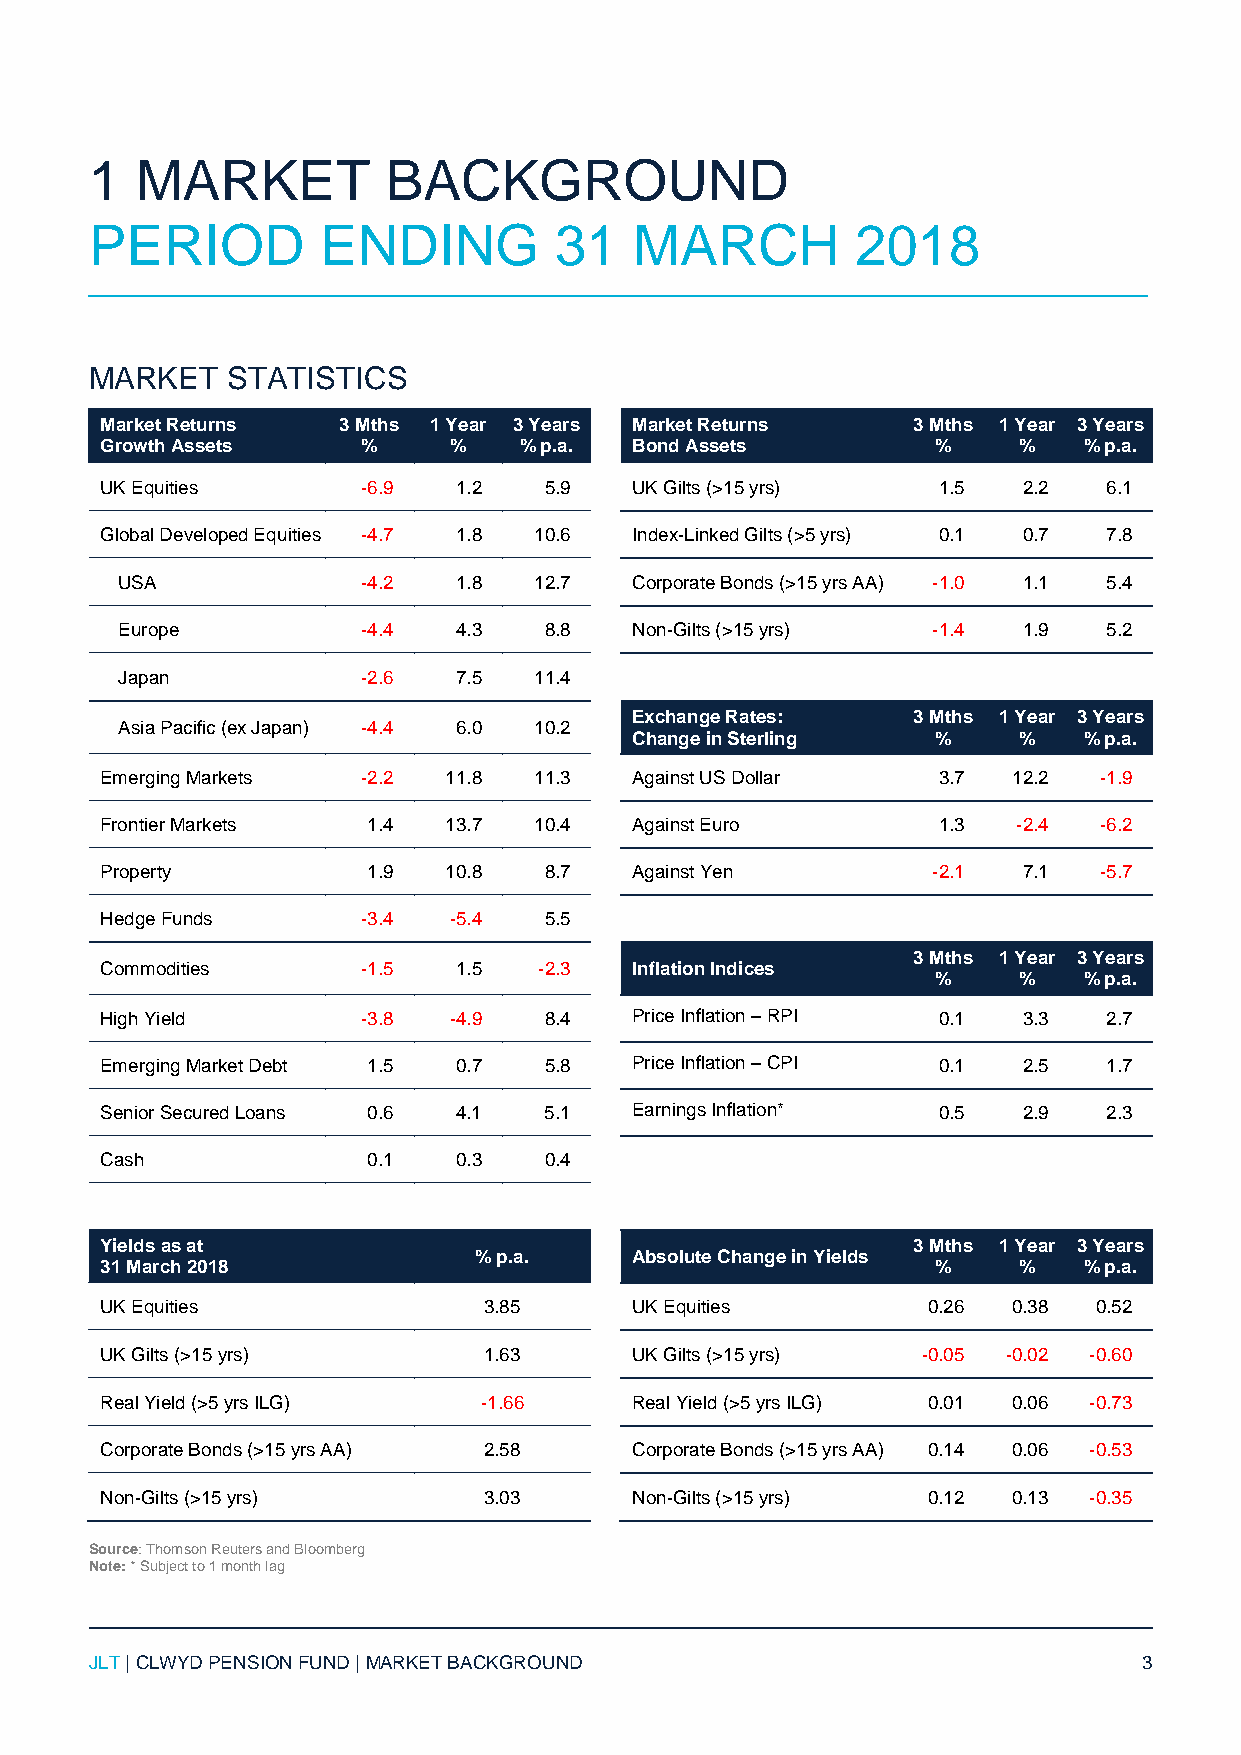
1  MARKET           BACKGROUND
 PERIOD         ENDING          31   MARCH          2018
 MARKET   STATISTICS
 Market Returns 3 Mths 1 Year 3 Years Market Returns  3 Mths 1 Year 3 Years
 Growth Assets    %     %   % p.a.  Bond Assets         %    %    % p.a.
 UK Equities      -6.9  1.2   5.9   UK Gilts (>15 yrs)  1.5   2.2  6.1
 Global Developed Equities -4.7 1.8 10.6 Index-Linked Gilts (>5 yrs) 0.1 0.7 7.8
 USA             -4.2  1.8  12.7   Corporate Bonds (>15 yrs AA) -1.0 1.1 5.4
 Europe          -4.4  4.3   8.8   Non-Gilts (>15 yrs) -1.4  1.9  5.2
 Japan           -2.6  7.5  11.4
 Exchange Rates:   3 Mths 1 Year 3 Years
 Asia Pacific (ex Japan) -4.4 6.0 10.2
 Change in Sterling  %    %    % p.a.
 Emerging Markets -2.2 11.8  11.3   Against US Dollar   3.7  12.2  -1.9
 Frontier Markets 1.4  13.7  10.4   Against Euro        1.3  -2.4  -6.2
 Property         1.9  10.8   8.7   Against Yen         -2.1  7.1  -5.7
 Hedge Funds      -3.4  -5.4  5.5
 3 Mths 1 Year 3 Years
 Commodities      -1.5  1.5   -2.3  Inflation Indices
 %    %    % p.a.
 High Yield       -3.8  -4.9  8.4   Price Inflation – RPI 0.1 3.3  2.7
 Emerging Market Debt 1.5 0.7 5.8   Price Inflation – CPI 0.1 2.5  1.7
 Senior Secured Loans 0.6 4.1 5.1   Earnings Inflation* 0.5   2.9  2.3
 Cash             0.1   0.3   0.4
 Yields as at                                         3 Mths 1 Year 3 Years
 % p.a.     Absolute Change in Yields
 31 March 2018                                          %    %    % p.a.
 UK Equities              3.85      UK Equities        0.26  0.38 0.52
 UK Gilts (>15 yrs)       1.63      UK Gilts (>15 yrs) -0.05 -0.02 -0.60
 Real Yield (>5 yrs ILG)  -1.66     Real Yield (>5 yrs ILG) 0.01 0.06 -0.73
 Corporate Bonds (>15 yrs AA) 2.58  Corporate Bonds (>15 yrs AA) 0.14 0.06 -0.53
 Non-Gilts (>15 yrs)      3.03      Non-Gilts (>15 yrs) 0.12 0.13 -0.35
 Source: Thomson Reuters and Bloomberg
 Note: * Subject to 1 month lag
 JLT | CLWYD PENSION FUND | MARKET BACKGROUND                          3